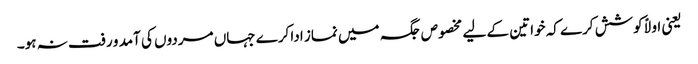
یعنی اولاً کوشش کرے کہ خواتین کے لیے مخصوص جگہ میں نماز ادا کرے جہاں مردوں کی آمد و رفت نہ ہو۔